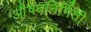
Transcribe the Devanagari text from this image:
औ़़षधनिर्मिती